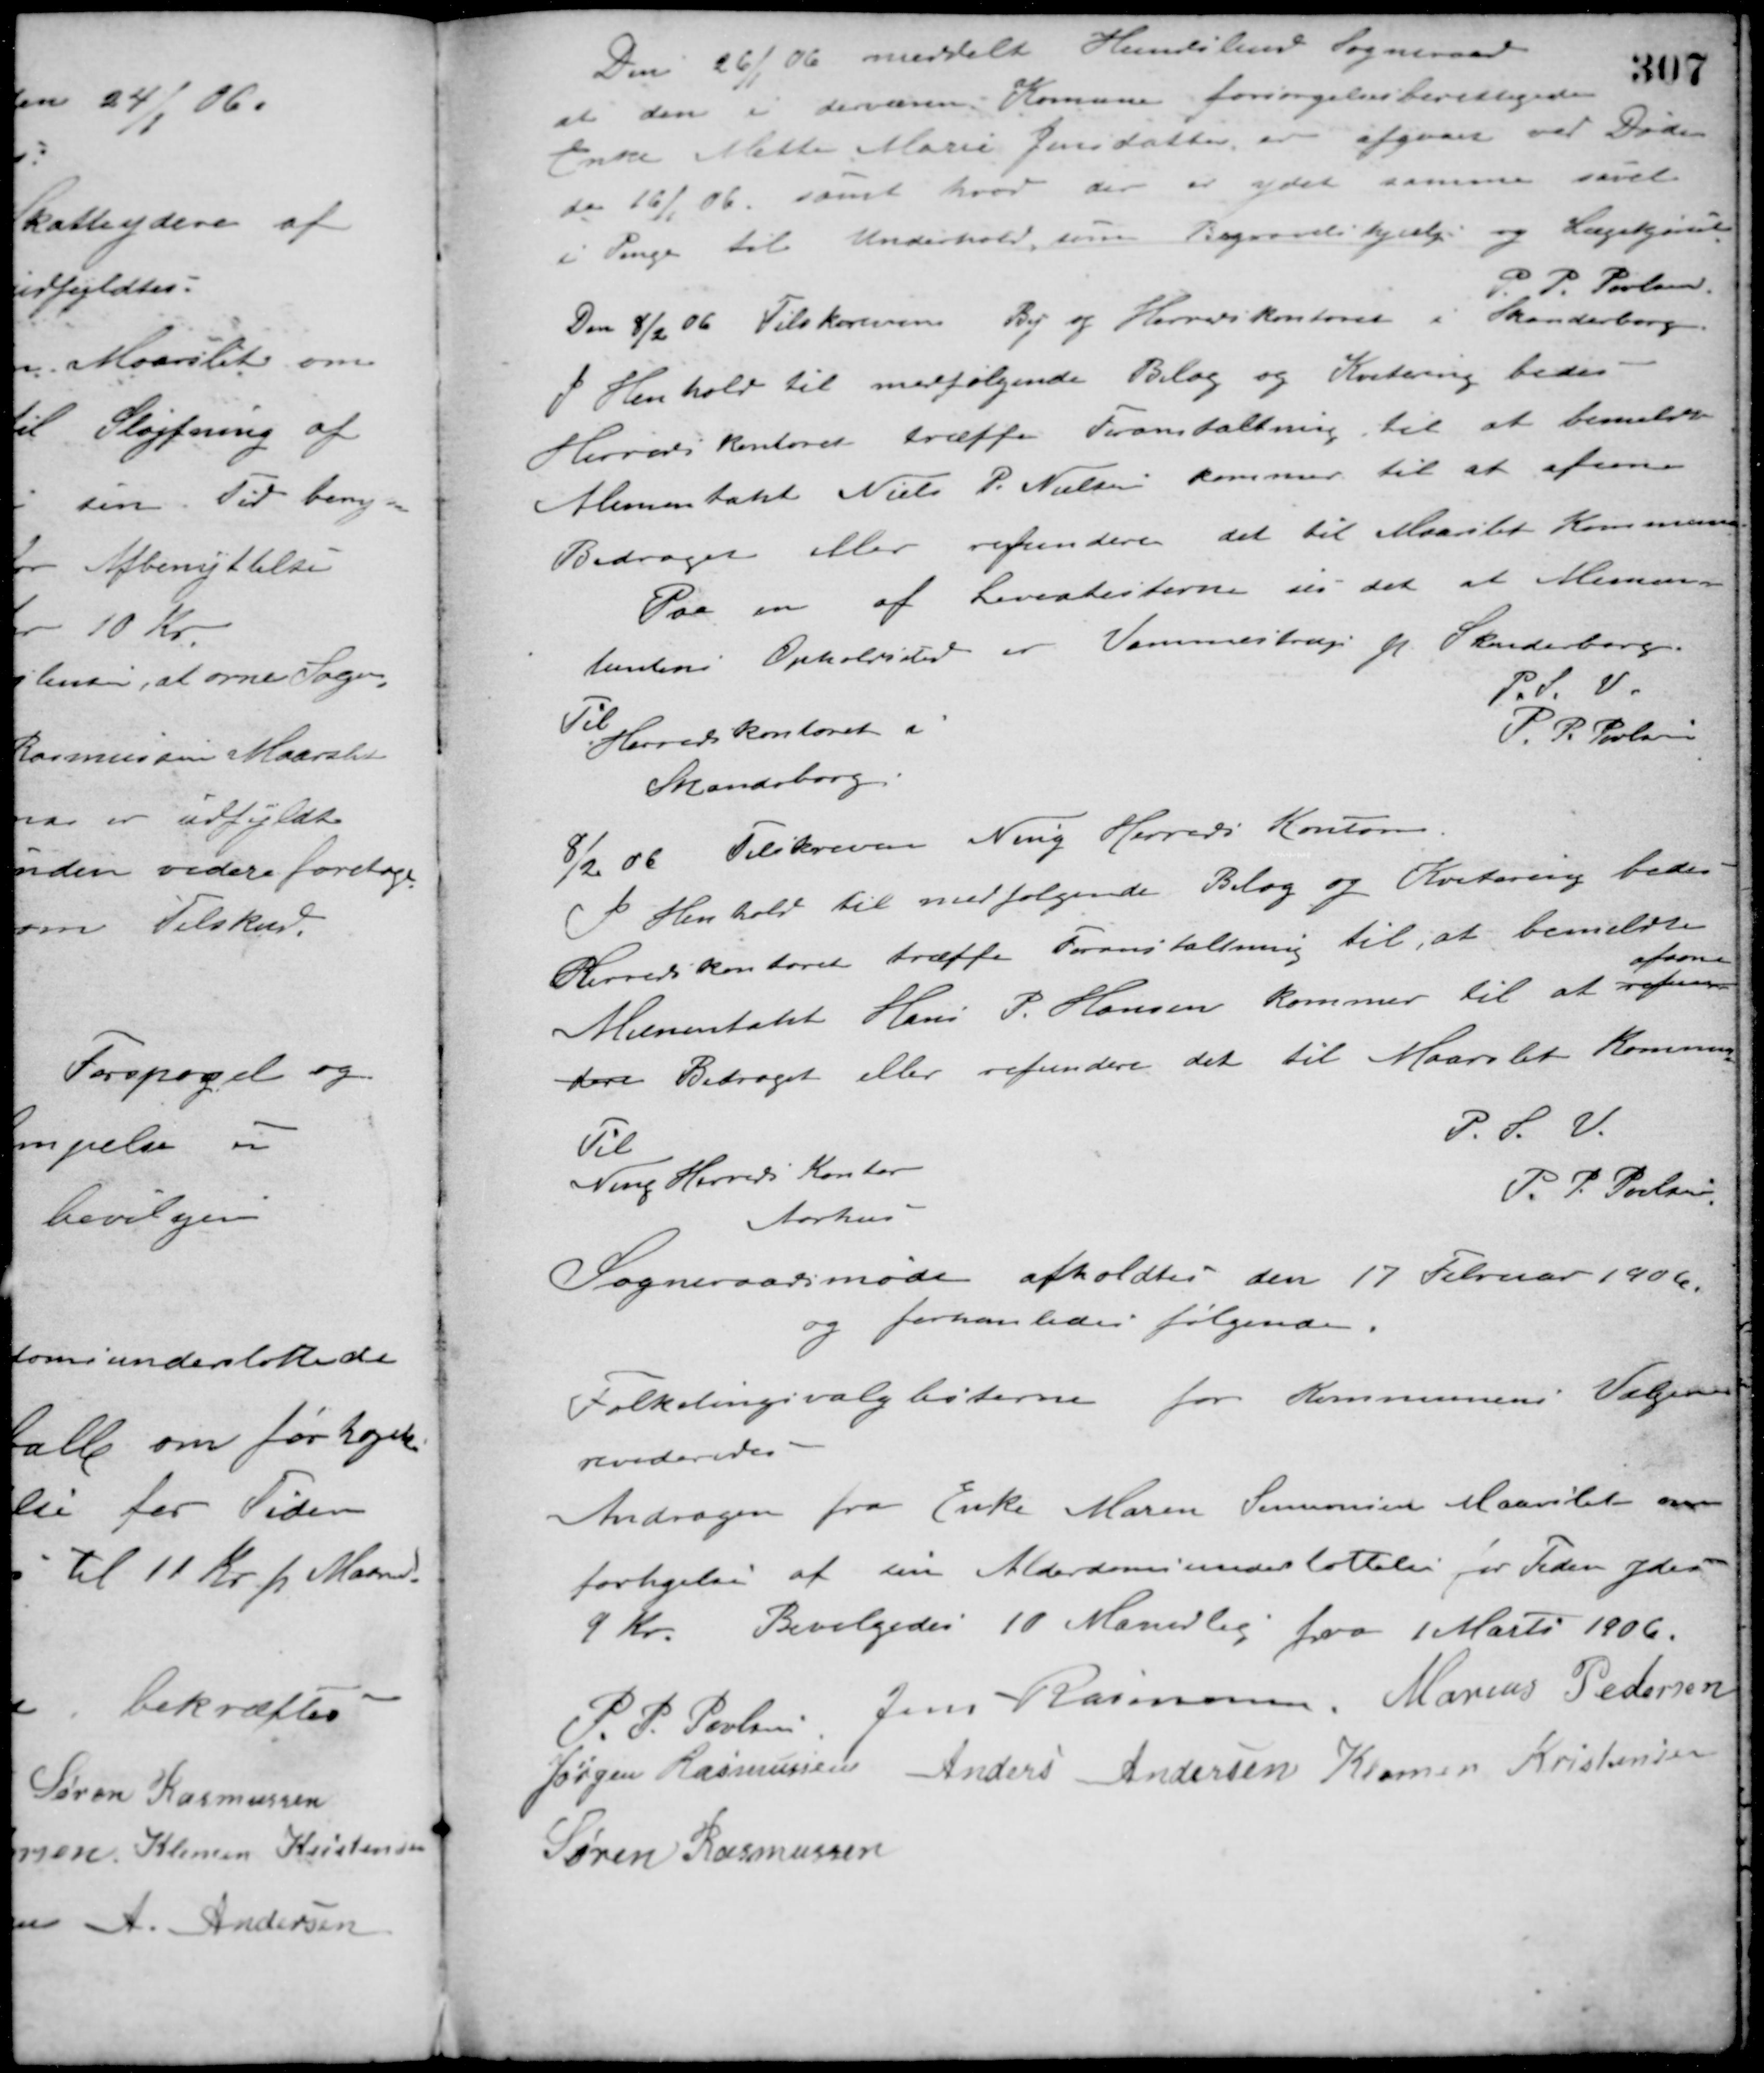
Transskription:
Den 26/1 06 meddelt Hundslund Sogneraad
at den i derværende Kommune forsørgelsesberettigede
Enke Mette Marie Jensdatter er afgaaet ved Døden
den 16/1 06, samt hvad der er ydet samme såvel
i Penge til Underhold, som Begravelseshjælp og Lægekjørsel.
P. P. Poulsen
Den 8/2 06 Tilskreven By og Herredskontoret i Skanderborg.
I Henhold til medfølgende Bilag og Kvitering bedes
Herreds kontoret træffe Foranstaltning til at bemeldte
Alimentalt Niels P. Nielsen kommer til at afsone
Bidraget eller refundere det til Maarslet Kommune.
Paa en af Leverlisterne ses det at Alimen-
tantens Opholdssted er Vemmestrup pr. Skanderborg.
P. S. V.
P. P. Poulsen
Til
Herredskontoret i
Skanderborg
8/2 06 Tilskreven Ning Herreds Kontor
I Henhold til medfølgende Bilag og Kvitering bedes
Herredskontoret træffe Foranstaltning til, at bemeldte
Alimentant Hans P. Hansen kommer til at refun-
afsone
dere Bidraget eller refundere det til Maarslet Kommune
P. S. V.
P. P. Poulsen
Til
Ning Herreds Kontor
Aarhus
Sogneraadsmøde afholdtes den 17 Februar 1906
og forhanledes følgende:
Folketingsvalglisterne for Kommunens Vælgere
revideredes.
Andragen fra Enke Maren Simonsen Maarslet om
forhøjelse af sin Alderdomsunderstøttelse for Tiden ydes
9 Kr. Bevilgedes 10 Maanedlig fra 1 Marts 1906.
P. P. Poulsen Jens Rasmussen Marius Pedersen
Jørgen Rasmussen Anders Andersen Klemen Kristensen
Søren Rasmussen